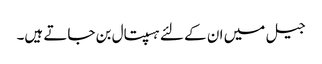
جیل میں ان کے لئے ہسپتال بن جاتے ہیں۔